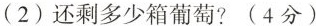
(2)还剩多少箱葡萄?(4分)